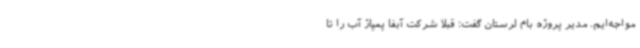
مواجه‌ایم. مدیر پروژه بام لرستان گفت: قبلا شرکت آبفا پمپاژ آب را تا